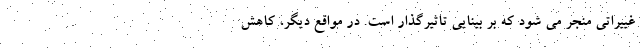
غییراتی منجر می شود که بر بینایی تاثیرگذار است. در مواقع دیگر، کاهش